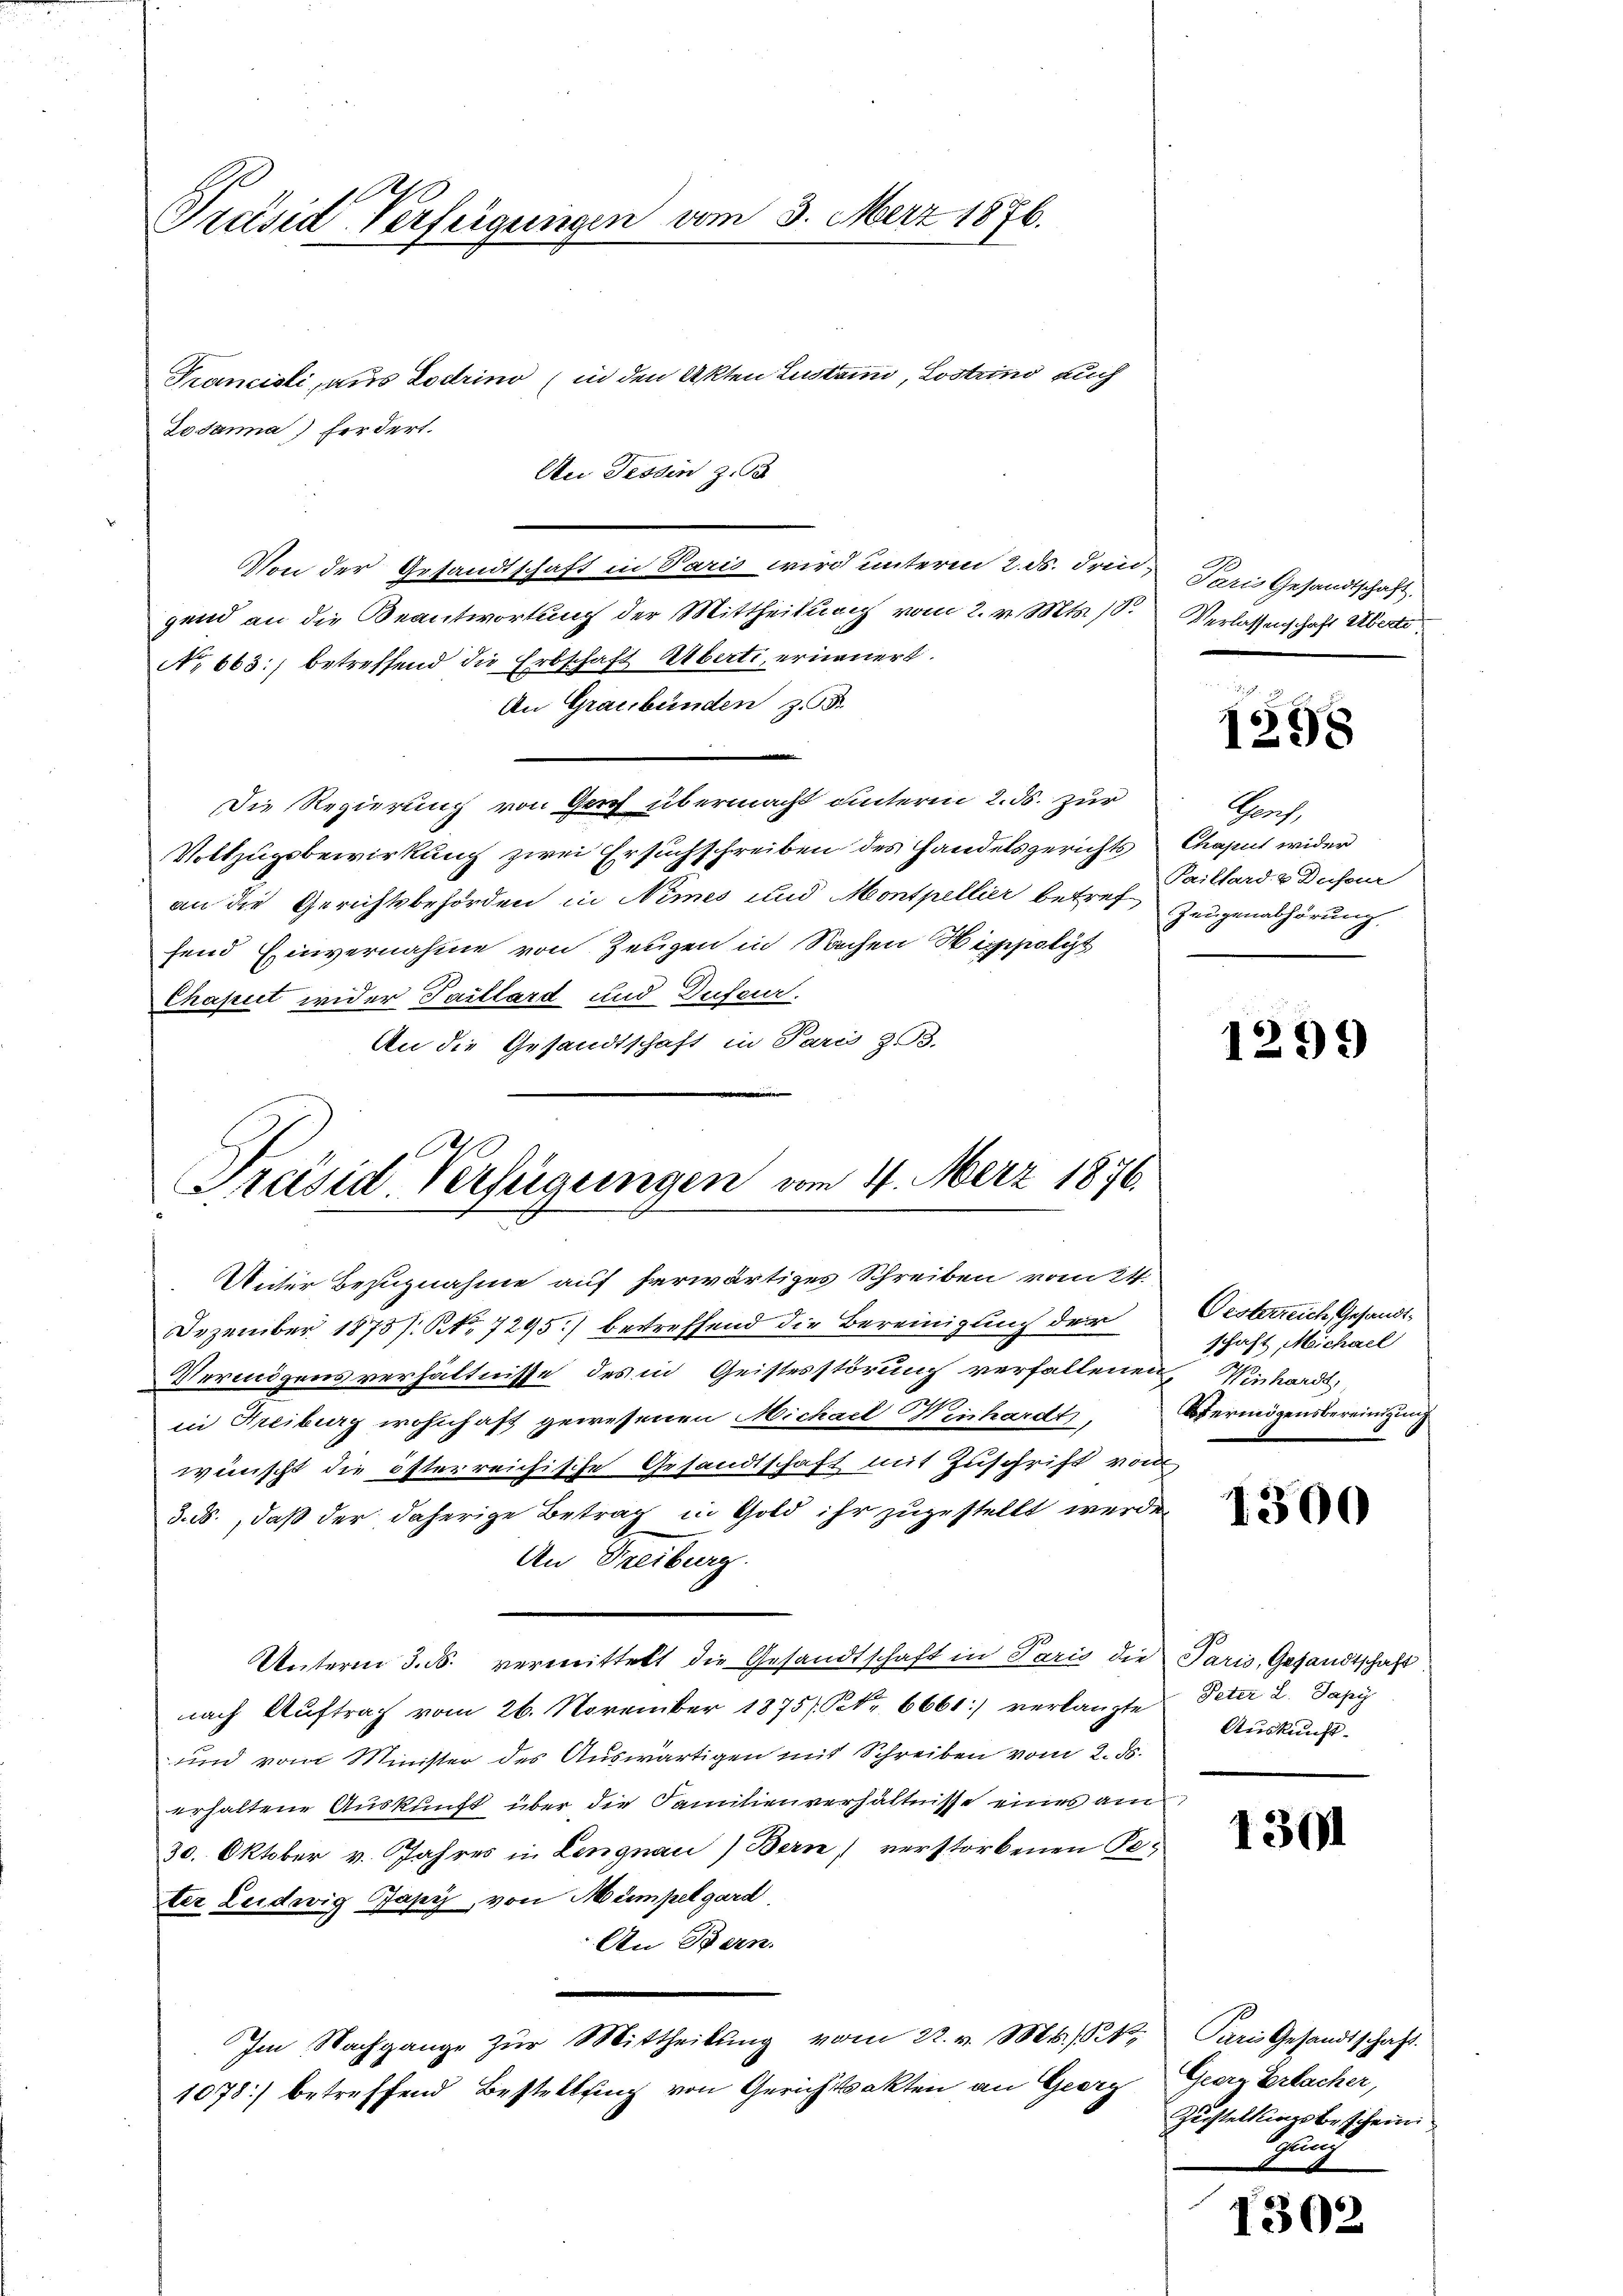
Präsid Verfügungen vom

Francisli, aus Lodrino (in den Akten Lustaun, Lostrino auch
An Tessin zu
Von der Gesandtschaft in Paris wird unterm 2. ds. Frid.
gend an die Beantwortung der Mittheilung vom 2. v. Mts. 18.
No 663:) betreffend die Erbschaft Überti, ernauert.
An Graubünden z. B.
Die Regierung von Ganz übermacht unterm 2. ds. zur
Vollzugsbewirkung zwei Ersuchschreiben des Handelsgerichts Chaput wider
an die Gerichtsbehörden in Nimes und Montpellier betref Zeugenabhörung
fend Einvernahme von Zeugen in Sachen Nippolit
Chaput wider Taillard und Dufeur.
An die Gesandtschaft in Paris 23.

Lodamna) fordert.

Präsid. Verfügungen vom 4. März 1876.

Unter Bezugnahme auf herwärtiges Schreiben vom 24.
Dezember 1875 /: No 7295) betreffend die Bereinigung der

3. Merz 1876.

Vermögensverhältnisse des in Geistesstörung verfallenen, Winhardt,
in Freiburg wohnhaft gewesenen Michael Minhardt,
wünscht die österreichische Gesandtschaft mit Zuschrift vom
d.ds., daß der daherige Betrag in Gold ihr zugestellt werden
An Freiburg.
Unterm 3. ds. vermittelt die Gesandtschaft in Paris die Paris, Gesandtschaft
nach Auftrag vom 26. November 1875/ Nr 6661) verlangte Peter 2. Papi
und vom Minister des Auswärtigen mit Schreiben vom 2. ds.
erhaltene Auskunft über die Familienverhältnisse eines am
30. Oktober v. Jahres in Lengnau) Bern) verstorbenen Peter Leidwig Japyz, von Mümpel gard
An Bern.
.
Im Nachgange zŭr Mittheilŭng vom 22. v. Mts.,
1078] betreffend Bestellung von Gerichtsakten an Georg Geerz Erlacher,

Paris Gesandtschaft.
Verlassenschaft Überte

1298

Parch
Paillard & Dufour

1299

Oesterreich, Gesandtschaft, Michael
Oermögensbereinigung
.

1300

Auskunft.

1301

Paris Gesandtschaft.
Zustellungsbeschein
gung

1302